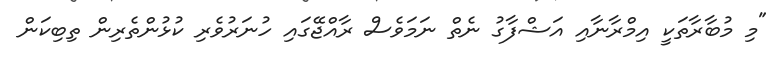
"މި މުބާރާތަކީ އިމްރާނާއި އަޝްފާގު ނެތް ނަމަވެސް ރާއްޖޭގައި ހުނަރުވެރި ކުޅުންތެރިން ތިބިކަން